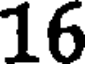
16